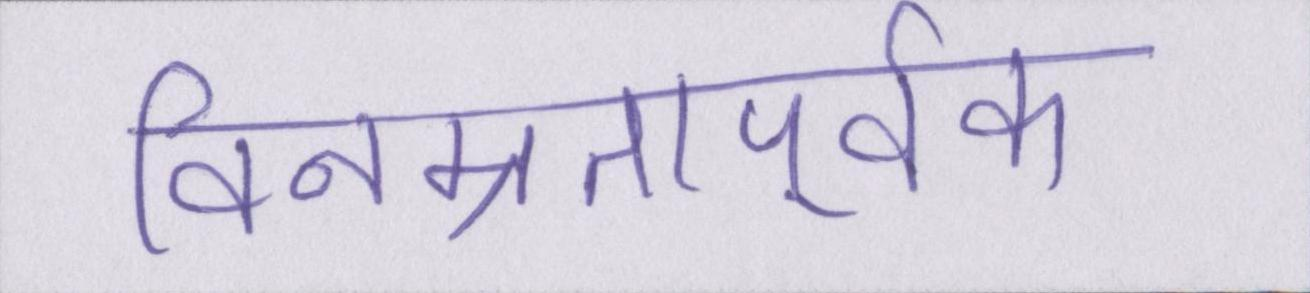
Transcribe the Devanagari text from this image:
विनम्रतापूर्वक